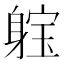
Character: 𨉗